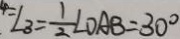
4 = \angle 3 = \frac { 1 } { 2 } \angle O A B = 3 0 ^ { \circ }